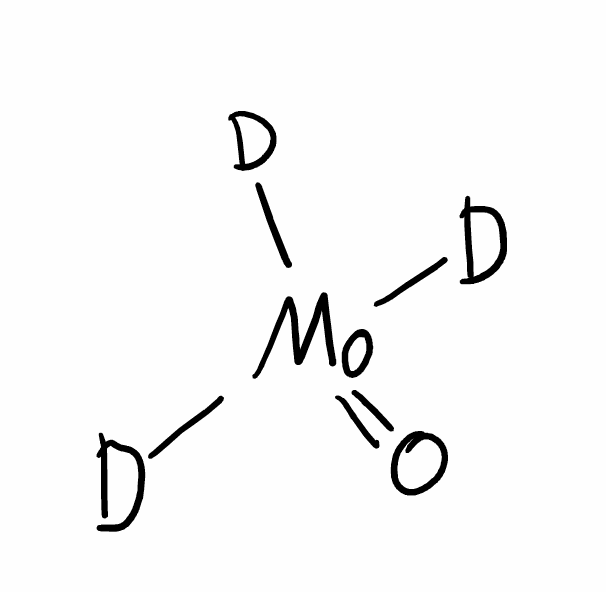
Simplified molecular-input line-entry system (SMILES) notation of the given molecule:
[2H][Mo](=O)([2H])[2H]